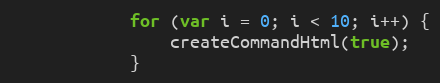
Language: JavaScript
	    	for (var i = 0; i < 10; i++) {
				createCommandHtml(true);
	    	}